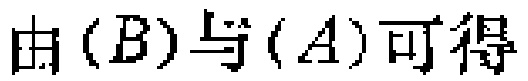
由\((B)\)与\((A)\)可得